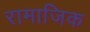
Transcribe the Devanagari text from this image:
रामाजिक